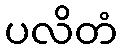
ပလိတံ